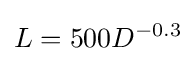
L=500D^{-0.3}